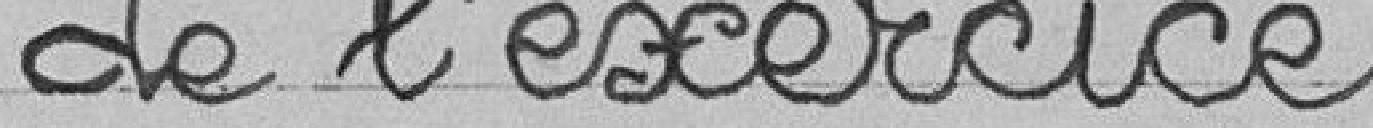
de l'exercice